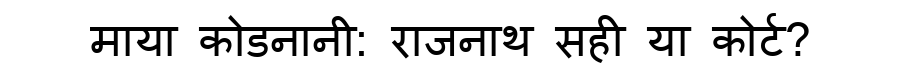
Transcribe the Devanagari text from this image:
माया कोडनानी: राजनाथ सही या कोर्ट?